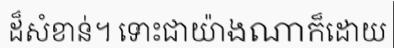
ដ៏សំខាន់។ ទោះជាយ៉ាងណាក៏ដោយ